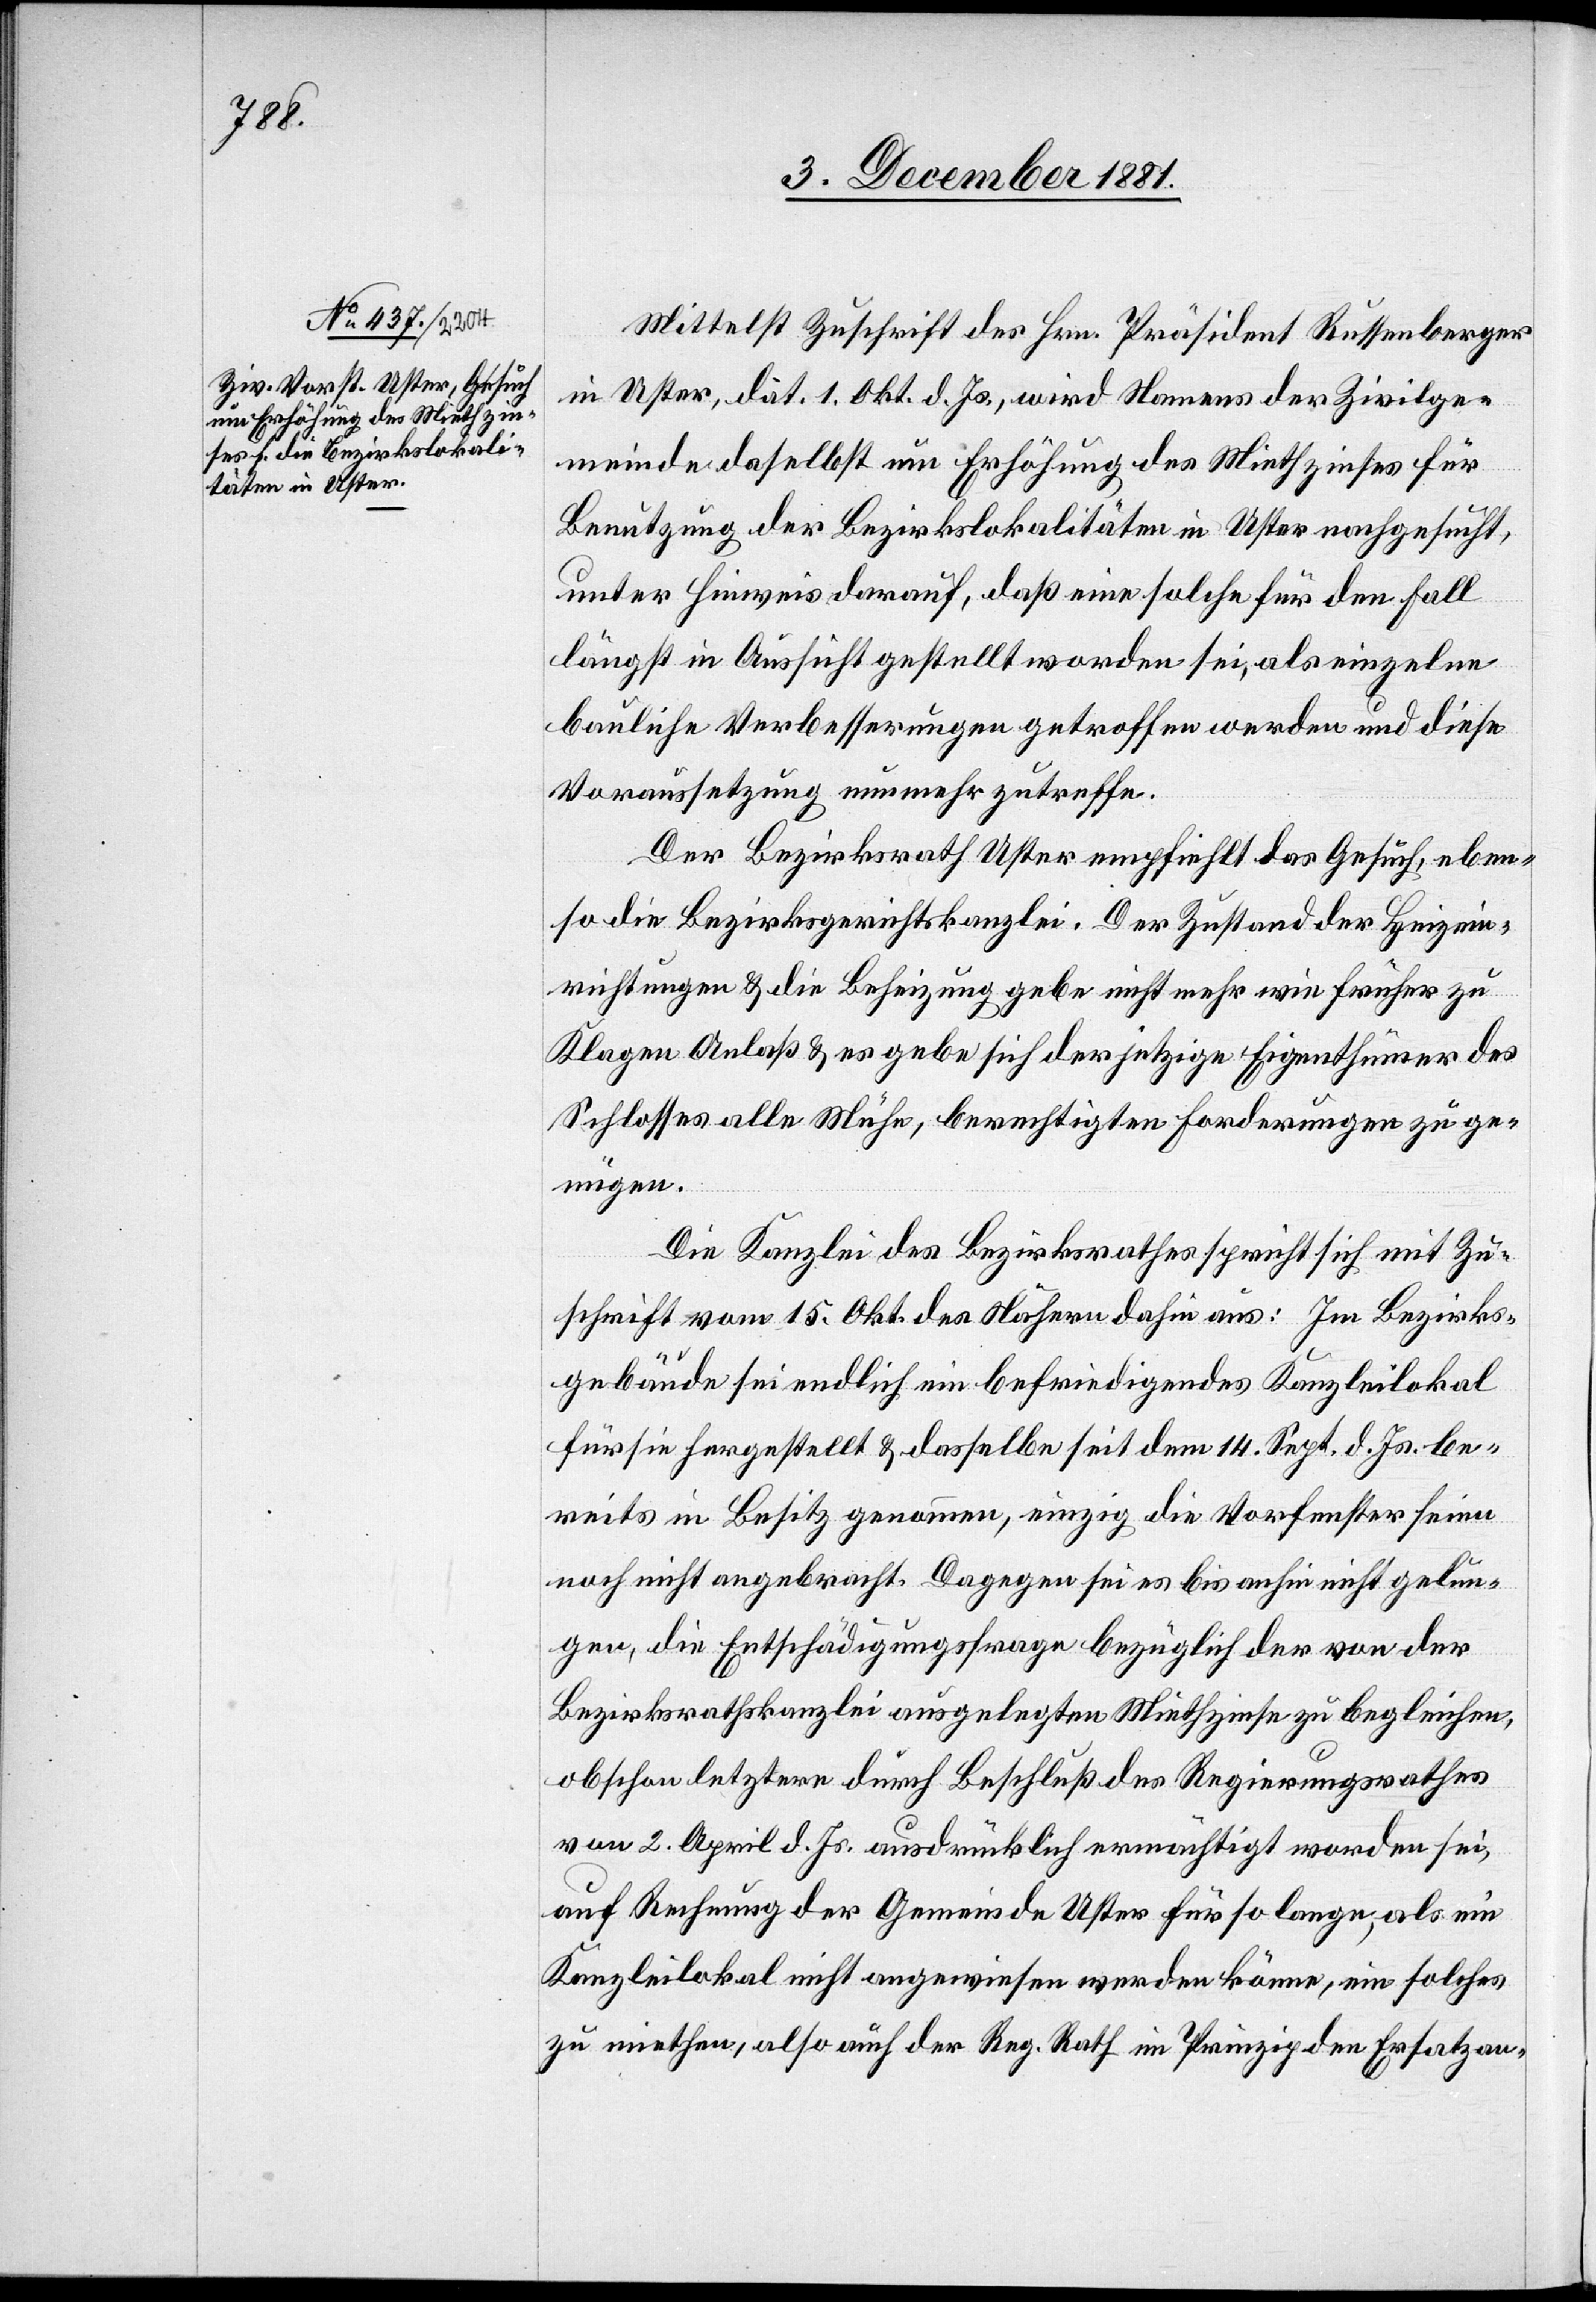
Mittelst Zuschrift des Hrn. Präsident Russenberger
in Uster, dat. 1. Okt. d. Js., wird Namens der Zivilge¬
meinde daselbst um Erhöhung des Miethzinses für
Benutzung der Bezirkslokalitäten in Uster nachgesucht,
unter Hinweis darauf, daß eine solche für den Fall
längst in Aussicht gestellt worden sei, als einzelne
bauliche Verbesserungen getroffen werden und diese
Voraussetzung nunmehr zutreffe.
Der Bezirksrath Uster empfiehlt das Gesuch, eben¬
so die Bezirksgerichtskanzlei. Der Zustand der Heizein¬
richtungen & die Beheizung gebe nicht mehr wie früher zu
Klagen Anlaß & es gebe sich der jetzige Eigenthümer des
Schlosses alle Mühe, berechtigten Forderungen zu ge¬
nügen.
Die Kanzlei des Bezirksrathes spricht sich mit Zu¬
schrift vom 15. Okt. des Nähern dahin aus: Im Bezirks¬
gebäude sei endlich ein befriedigendes Kanzleilokal
für sie hergestellt & dasselbe seit dem 14. Sept. d. Js. be¬
reits in Besitz genommen, einzig die Vorfenster seien
noch nicht angebracht. Dagegen sei es bis anhin nicht gelun¬
gen, die Entschädigungsfrage bezüglich der von der
Bezirksrathskanzlei ausgelegten Miethzinse zu begleichen,
obschon letztere durch Beschluß des Regierungsrathes
vom 2. April d. Js. ausdrücklich ermächtigt worden sei,
auf Rechnung der Gemeinde Uster für so lange, als ein
Kanzleilokal nicht angewiesen werden könne, ein solches
zu miehten, also auch der Reg. Rath im Prinzip den Ersatz an-